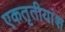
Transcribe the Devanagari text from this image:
एकतृतीयांश